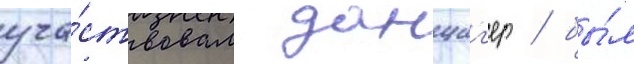
уча́ствовал данциг'ер / бы́л